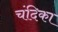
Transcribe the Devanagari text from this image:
चंदिका